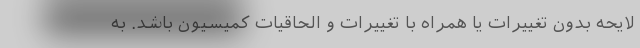
لایحه بدون تغییرات یا همراه با تغییرات و الحاقیات کمیسیون باشد. به